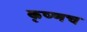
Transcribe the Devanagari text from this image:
कृष्णच